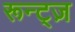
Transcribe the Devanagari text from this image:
रून्ट्ज़